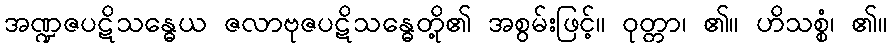
အဏ္ဍဇပဋိသန္ဓေယ ဇလာဗုဇပဋိသန္ဓေတို့၏ အစွမ်းဖြင့်။ ဝုတ္တာ၊ ၏။ ဟိသစ္စံ၊ ၏။